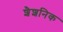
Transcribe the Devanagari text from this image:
शैशनिक